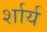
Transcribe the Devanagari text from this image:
र्शार्य